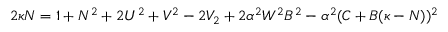
2 \kappa N = 1 + N ^ { 2 } + 2 U ^ { 2 } + V ^ { 2 } - 2 V _ { 2 } + 2 \alpha ^ { 2 } W ^ { 2 } B ^ { 2 } - \alpha ^ { 2 } ( C + B ( \kappa - N ) ) ^ { 2 }